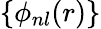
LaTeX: \{ \phi_{nl}(r)\}